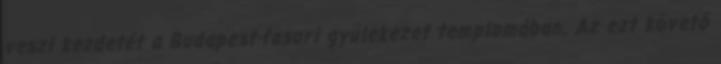
veszi kezdetét a Budapest-fasori gyülekezet templomában. Az ezt követő